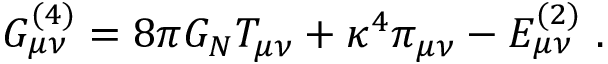
G _ { \mu \nu } ^ { ( 4 ) } = 8 \pi G _ { N } T _ { \mu \nu } + \kappa ^ { 4 } \pi _ { \mu \nu } - E _ { \mu \nu } ^ { ( 2 ) } \ .